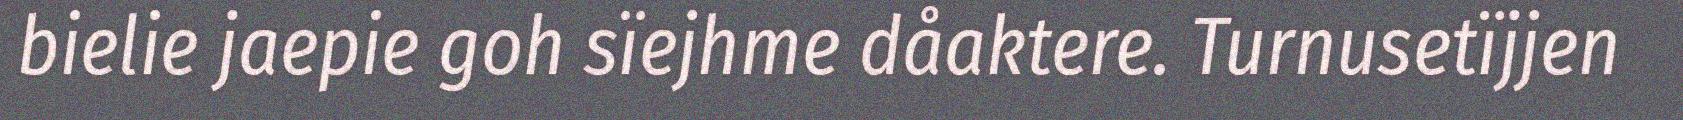
bielie jaepie goh sïejhme dåaktere. Turnusetïjjen